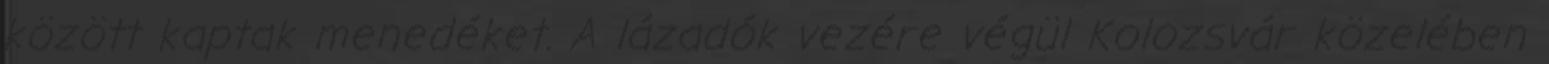
között kaptak menedéket. A lázadók vezére végül Kolozsvár közelében